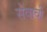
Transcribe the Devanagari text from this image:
सेवावीं